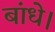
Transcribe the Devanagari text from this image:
बांधे।